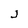
Character: j